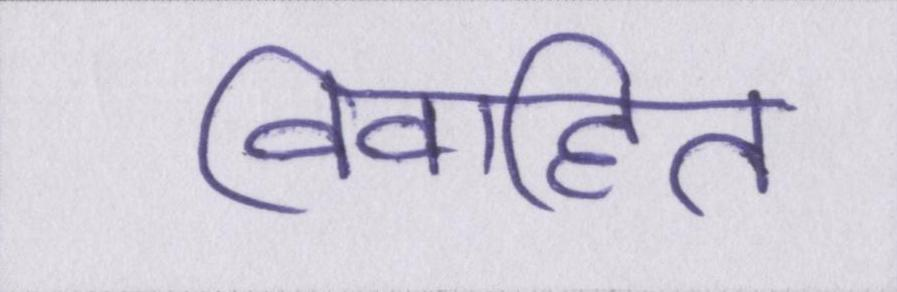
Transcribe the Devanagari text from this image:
विवाहित